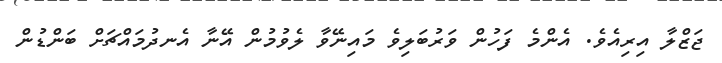
ޖަޒްލާ އިރިއެވެ. އެންމެ ފަހުން ވަރުބަލިވެ މައިނޭވާ ލެވުމުން އޭނާ އެނދުމައްޗަށް ބަންޑުން